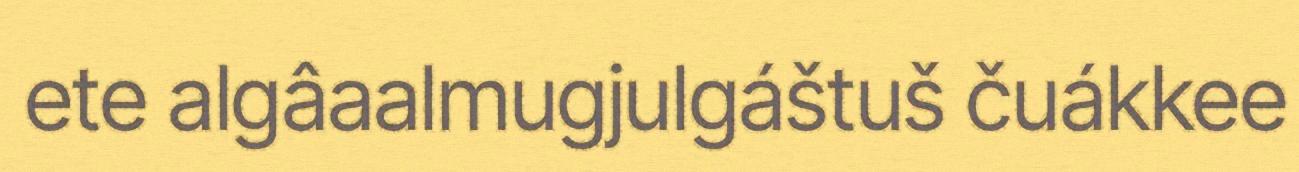
ete algâaalmugjulgáštuš čuákkee